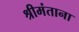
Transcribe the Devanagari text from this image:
श्रीमंताना